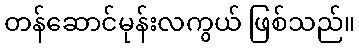
တန်ဆောင်မုန်းလကွယ် ဖြစ်သည်။